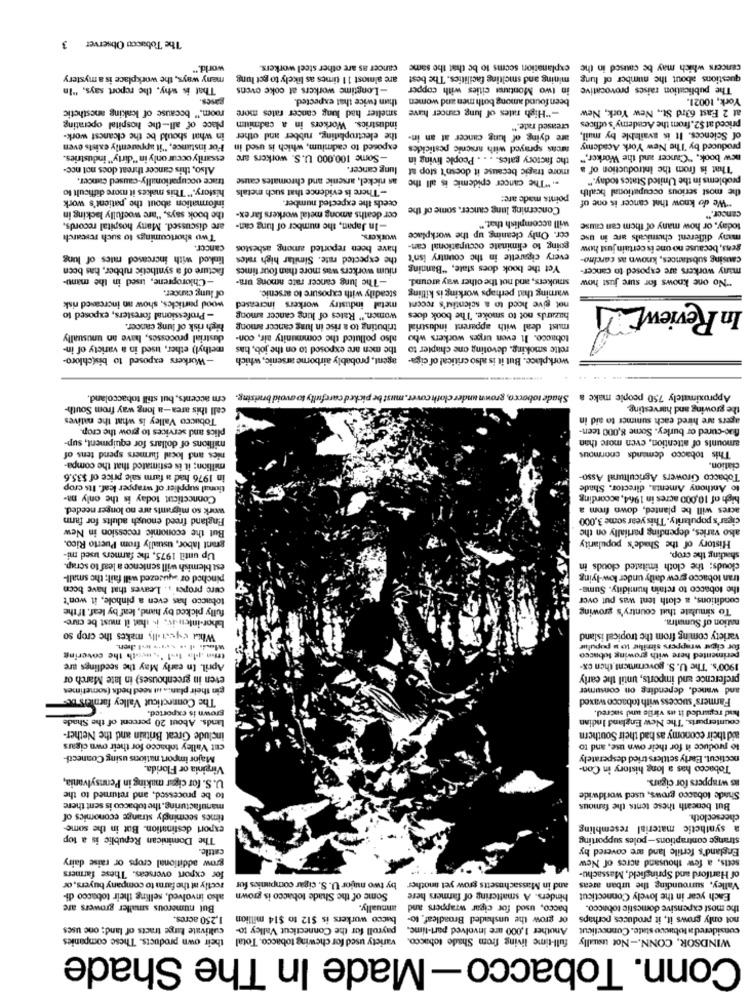
The Tobacco Observer
3
world."
cancer as are other steel workers.
explanation seems to be that the same
cancers which may be caused in the
meny ways, the workplace is a mystery
are almost 11 times as likely to get lung
mining and smelting facilities. The best are almost 11 times as likely to get lung
questions about the number of lung
That is why. the report says, "In
-Longtime workers at coke ovens
in two Montana cities with copper
The publication raises provocative
gases.
than twice that expected.
been found among both men and women
York, 10021.
room." because of leaking anesthetic
smelter had lung cancer rates more
-"High rates of lung cancer have
at 2 Fast 63rd St ., New York, New
place of all-the hospital operating
industrics. Workers in a cadmium
priced at $2. from the Academy's offices
industrics. Workers in a cadmium place of all-the hospital operating
creased rate."
in what should be the cleanest work-
the electroplating, rubber and other
of Sciences. It is available by mail,
For instance, "it apparently exists even
exposed to cadmium, which is used in
facas sprayed with arsenic pesticides
produced by The New York Academy
essarily occur only in "dirty" industries.
-Some 100,000 U.S. workers are
the factory gates. . . . People living in
new book, "Cancer and the Worker."
Also, this cancer threat does not ncc-
lung cancer.
more tragic because it doesn't stop at
That is from the Introduction of a
trace occupationally-caused cancer.
. "The cancer epidemic is all the as nickel, arsenic and chromates cause
. "The cancer epidemic is all the
problems in the United States today."
history." This makes it more difficult to
-There Is evidence that such metals
the most serious occupational health
information about the patient's work
ceeds the expected number.
points made are:
"We do know that cancer is one of
the book says, "are woefully lacking in
cor deaths among metal workers far ex-
Concerning lung cancer. some of the
cancer."
are discussed. Many hospital records,
-In Japan, the number of lung can-
will accomplish that."
today, or how many of them can cause
Two shortcomings to such research
cer. Only cleaning up the workplace
many different chemicals are in use
cancer.
have been reported among asbestos
going to eliminate occupational can- have been
gens, because no une ix certain just how
linked with increased mies of lung
the expected rate. Similar high rates
every cigarette in the country isn't
causing substances, known as carcino-
facture of a synthetic rubber, has been
nium workers was more than four times
Yet the book does state, "Banning
many workers are exposed to cancer-
-Chloroprene, used in the manu-
-The lung cancer rate among ura-
smokers, and not the other way around.
"No one knows for sure just how
of lung cancer.
steadily with exposure to arsenic.
warning that perhaps working is killing
wood particles, show an increased risk
metal industry workers increased
not give hoed to a scientist's recent
In Review
- Professional foresters, exposed to
women." Rates of lung cancer among
hazards not to smoke. "The book does
high risk of lung cancer.
tributing to a rise in lung cancer among
must deal with apparent industrial
dustrial processes, have an unusually
also polluted the community air, con-
tobacco. It even urges workers who
methyl) ether, used in a variety of in-
the men are exposed to on the job, has
rette smoking, devoting one chapter to
-Workers exposed to bis(chloro-
agent, probably airborne arsenic, which
workplace. But it is also critical of ciga-
em accents, but still tobaccoland,
Shade tobacco, grown ander cloth cover. must be picked carefully to avoid bruising.
Approximately 750 people make a
call this area-a long way from South-
the growing and harvesting.
Tobucco Valley is what the natives
agers are hired each summer to aid in
plics and services to grow the crop.
fluo-cured er burley. Some 8,000 teen-
millions of dollars for equipment, sup-
amounts of attention, even more than
million; it is estimated that the compa-
nies and local farmers spend tens of
This tobacco demands enormous
ciation.
in 1976 had a farm sale price of $35.6
Tobacco Growers Agricultural Asso-
tional supplier of wrapper leaf. Its crop
to Anthony Amenta, director. Shade
Connecticut today is the only ma
high of 10,000 acres in 1964, according
work so migrants are no longer needed.
acres will be planted, down from a
England freed enough adults for farm
cigar's popularity. This year some 3,000
But the economic recession in New
also varies, depending partially on the
grant labor, usually from Puerto Rico.
History of the Shade's popularity
Up until 1975, the farmers used mi-
shading the crop.
est blemish will sentence a leaf to scrap.
clouds; the cloth imitated clouds in
pinched or syusezed will fail: the small-
tran tobacco grew daily under low-lying
cure propes' ,, Leaves that have been
the tobacco to retain humidity. Suma-
tobacco has even a pinhole, it won't
conditions, a cloth lent was put over
fully picked by hand, leaf by leaf. If the
To simulate that country's growing
lahor-inten iv. is that it must be care-
nation of Sumatra.
Whit eyestilly makes the crop so
variety coming from the tropical island
for cigar wrappers similar to a pupulur
then plus 1-1 ' -, westh the covering
perimented here with growing tobacco
April. In early May the seedlings are
1900's. The U.S. government then ex-
even in greenhouses) in late March or
preference and imports, until the early
gin their plant. it seed heds (sometimes
and waned, depending on consumer
The Connecticut Valley farniers Des
Farmers' success with tobacco waxed
grown is exported.
had regarded it as virile and sacred.
lands. About 20 percent of the Shade
counterparts. "The New England Indian
include Great Britain and the Nether-
aid their economy as had their Southern
cut Valley tobacco for their own cigars
to produce it for their own use, and to
Major import nations using Connect-
necticut. Early settlers tried desperately
Virginia or Florida.
Tobacco has a long history in Con-
U.S. for cigar making in Pennsylvania,
as wrappers for cigars.
to be processed, and returned to the
Shade tobacco grows, used worldwide
manufacturing, the tobacco is sent there
But beneath these tents the famous
times seemingly strange economics of
cheesecloth.
export destination. But in the some-
a synthetic material resembling
The Dominican Republic is a top
strange contraptions-poles supporting
cattle.
England's fertile land are covered by
grow additional crops or raise dairy
setts, a few thousand acres of New
for export overseas. These farmers
of Hartford and Springfield, Massachu-
by two major U. S. cigar companies for
and in Massachusetts grow yet another
rectly at the farm to company buyers, or
Valley, surrounding the urban areas
also involved, selling their tobacco di-
Some of the Shade tobacco is grown
binders. A smattering of farmers here
Each year in the lovely Connecticut
But numerous smaller growers are
annually.
bacco, used for cigar wrappers and
the most expensive domestic tobacco.
1,250 acres.
bacco workers is $12 to $14 million
or grow the unshaded Broadleaf to-
not only grows it, it produces perhaps
payroll for the Connecticut Valley to- cultivate lange tracts of land; one uses
Another 1,000 are involved part-time, payroll for the Connecticut Valley to-
considered a lotucco state. Connecticut
variety used for chewing tobacco. Total their own products. These companies
WINDSOR, CONN .- Not usually full-time living from Shade tobacco.
Conn. Tobacco-Made In The Shade